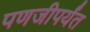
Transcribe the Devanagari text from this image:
पणजीपर्यंत